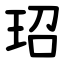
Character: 玿